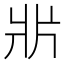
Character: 𤕰